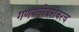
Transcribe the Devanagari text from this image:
गणपतीबरोबरच